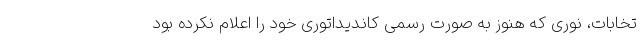
تخابات، نوری که هنوز به صورت رسمی کاندیداتوری خود را اعلام نکرده بود